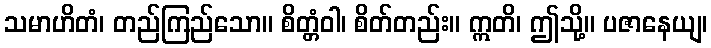
သမာဟိတံ၊ တည်ကြည်သော။ စိတ္တံဝါ၊ စိတ်တည်း။ ဣတိ၊ ဤသို့။ ပဇာနေယျ၊